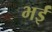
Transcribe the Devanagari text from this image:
भईं